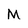
Character: M